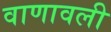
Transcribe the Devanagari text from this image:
वाणावली